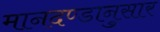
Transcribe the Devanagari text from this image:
मानदण्डानुसार